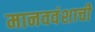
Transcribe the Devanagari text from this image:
मानववंशाची